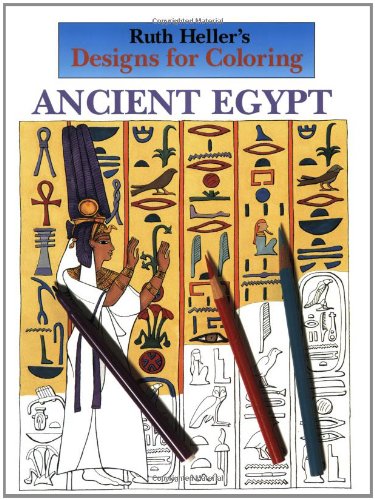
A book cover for Designs for Coloring: Ancient Egypt; Ruth Heller; Children's Books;